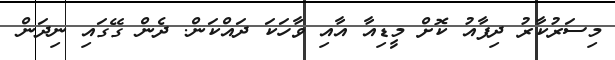
މިސަރުކާރު ދިފާއު ކޮށް މީޑިއާ އާއި ވާހަކަ ދައްކަން. ދެން ގޭގައި ނިދަން